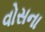
વોસના